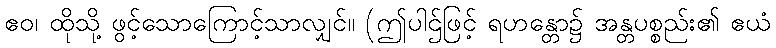
ဧဝ၊ ထိုသို့ ဖွင့်သောကြောင့်သာလျှင်။ (ဤပါဌ်ဖြင့် ရဟန္တော၌ အန္တပစ္စည်း၏ ဧယံ